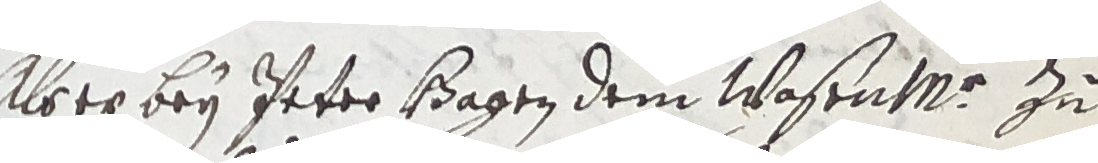
Als er bey Peter Hagen dem Wasenmr zu